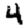
Digit: 4